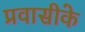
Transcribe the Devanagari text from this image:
प्रवासीके